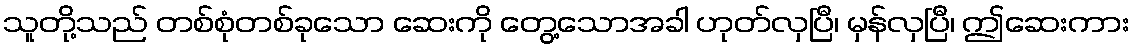
သူတို့သည် တစ်စုံတစ်ခုသော ဆေးကို တွေ့သောအခါ ဟုတ်လှပြီ၊ မှန်လှပြီ၊ ဤဆေးကား